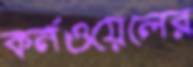
কর্নওয়েলের